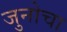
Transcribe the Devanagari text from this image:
जुनोचा